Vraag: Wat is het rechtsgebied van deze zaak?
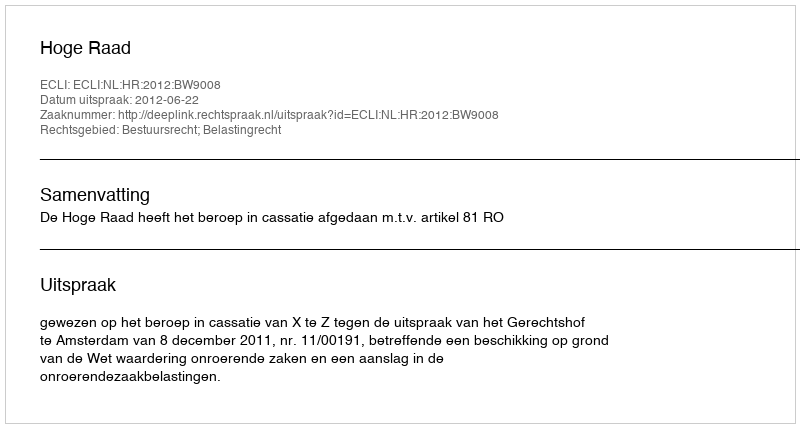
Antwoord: Bestuursrecht; Belastingrecht